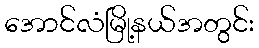
အောင်လံမြို့နယ်အတွင်း